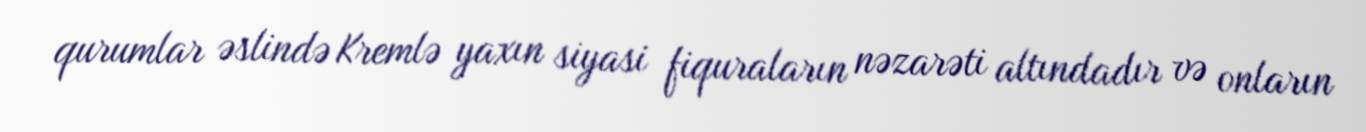
qurumlar əslində Kremlə yaxın siyasi fiquraların nəzarəti altındadır və onların